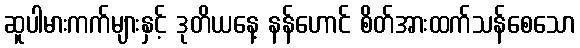
ဆူပါမားကက်များနှင့် ဒုတိယနေ့ နန်ဟောင် စိတ်အားထက်သန်စေသော